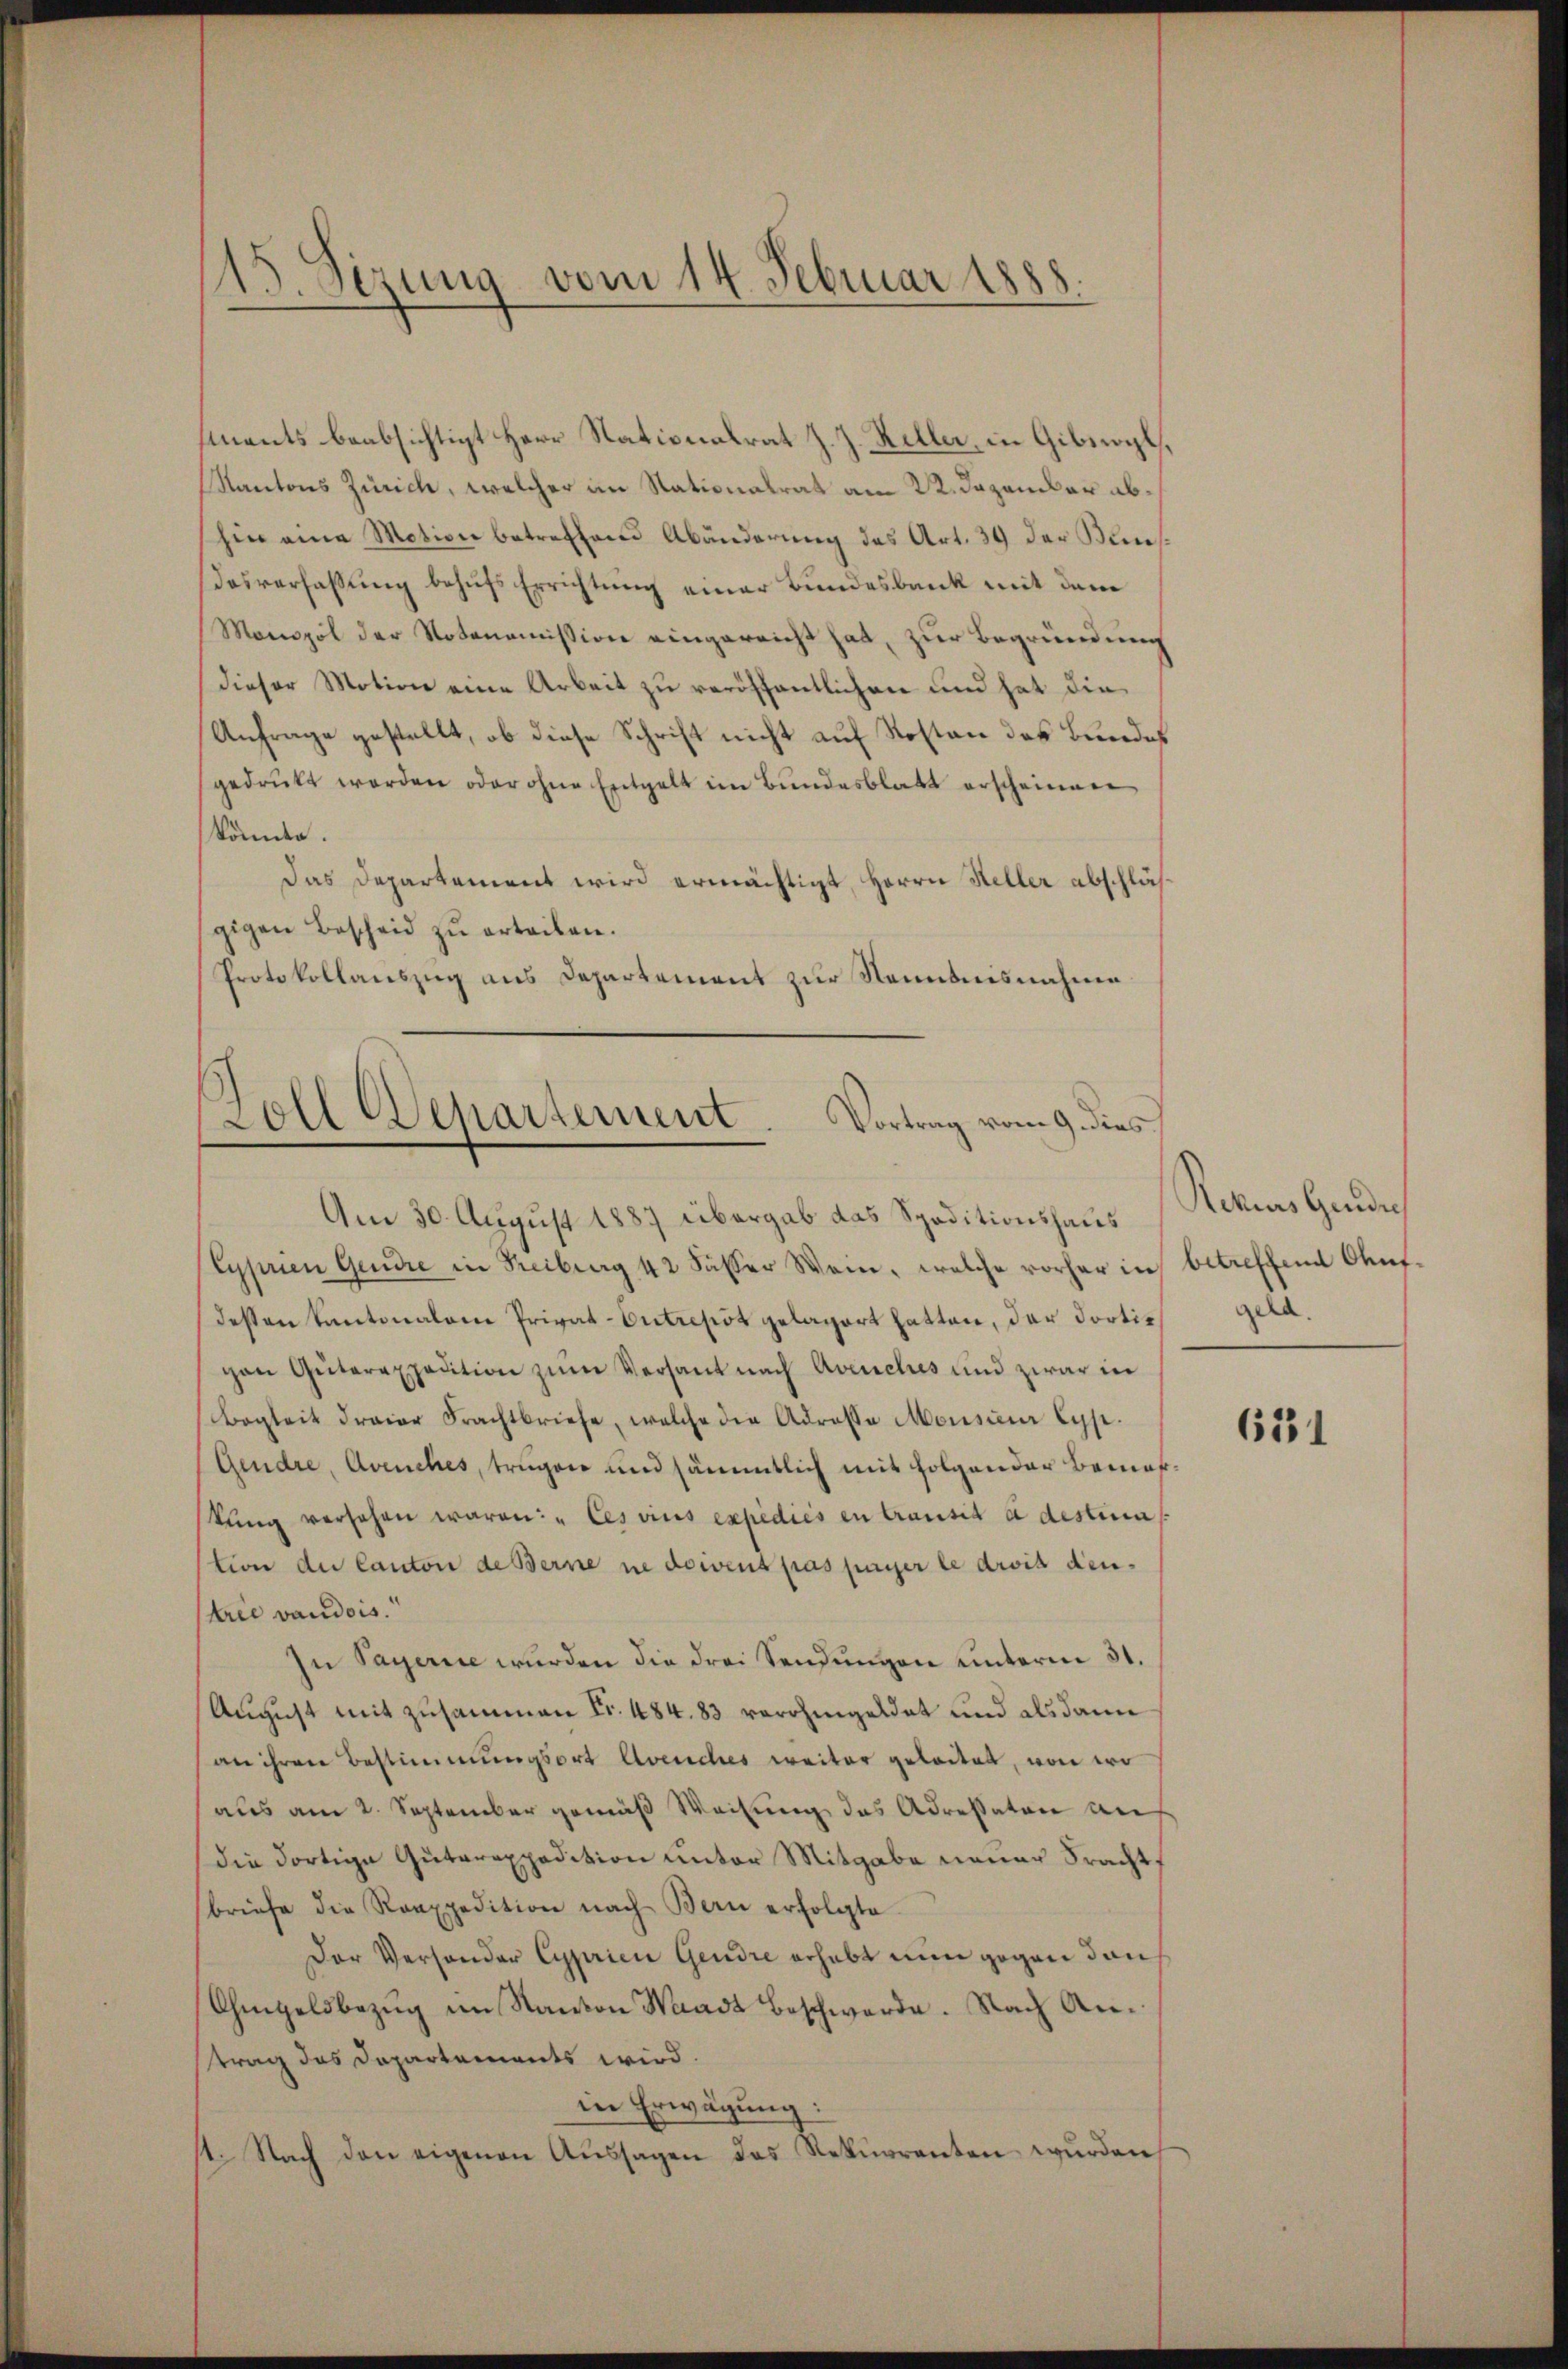
15. Sezung vom 14. Februar 1888.

ments beabsichtigt Herr Stationalrat J. J. Keller, in Gibswyl,
Kantons Zürich, welcher an Stationalrat am 22. Dezember abhin eine Motion betreffend Abänderung des Art. 39 der Bundesverfassung behufs Errichtung einer Bundesbruck mit dem
Monopol der Notonomission eingereicht hat, zur Begründung
dieser Motion eine Arbeit zu veröffentlichen und hat die
Anfrage gestellt, ob diese Schrift nicht auf Kosten des Bundes
gedrukt worden oder ohne Entgelt im Bundesblatt erscheinen
könnte.
Das Departement wird ermächtigt, Herrn Heller abschläßgigen Bescheid zŭ erteilen.
Protokollauszug aus Departement zur Nenntnisnahme

Zoll Departement. Vortrag vom 9. dies
Am 30. August 1887 übergab das Speditionshaus

Sypnien Gendie in Freiburg 42 Fässer Wein, welche vorher in betreffend Antdessen Kantonalen Privat-Entrepot gelagert hatten, der dorticon Güterexpedition zŭm Versant nach Avenches und zwar in
Begleit dreier Frachtbriefe, welche die Adressa Monsieur lyp.
Gendre, Avenches, trugen und sämmtlich mit folgender Bemeskŭng versehen waren: "Cesvius expedies en transit à destima
stion der Canton de Berne ne doivent pas payer le drois dentrie vaudois.
In Sagerie wurden die drei Sendungen unterm 31.
August mit zusammen Fr. 484. 83 verohmgeldet und als dann
an ihren Bestimmungsort Avenches weiter geleitet, von wo
aus am 2. September gemäß Weisung des Adressaten auf
(die dortige Guterexpedition unter Mitgabe neuer Fracht,
briefe die Raaxpedition nach Bern erfolgte
Der Versonder Cyprien Gendre erhebt nun gegen dans
Ohmgeldbezug im Kanton Waadt Beschwerde. Nach Antrag des Dapartements wird.
in Erwägung:
11. Nach den eigenen Aŭssagen des Rekurrenten wurden

Rekurs Grude
geld.

611